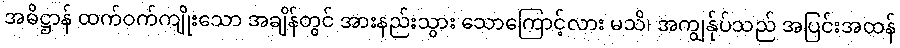
အဓိဋ္ဌာန် ထက်ဝက်ကျိုးသော အချိန်တွင် အားနည်းသွား သောကြောင့်လား မသိ၊ အကျွန်ုပ်သည် အပြင်းအထန်